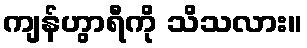
ကျန်ဟွာရီကို သိသလား။